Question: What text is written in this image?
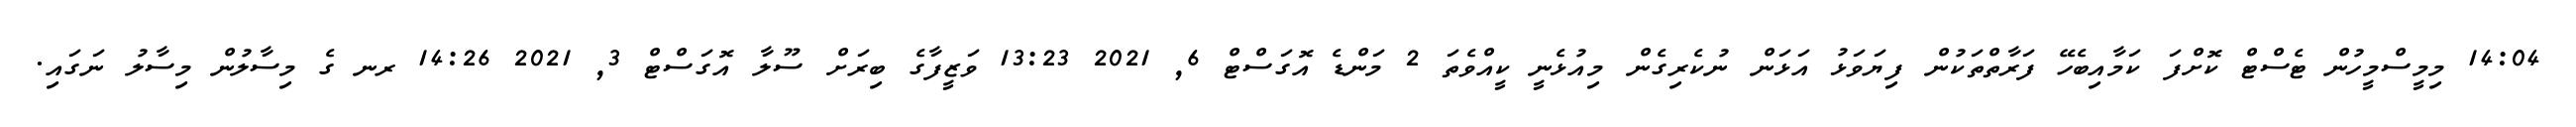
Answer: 14:04 މިމީސްމީހުން ޓެސްޓް ކޮށްފަ ކަމާއިބެހޭ ފަރާތްތަކުން ފިޔަވަޅު އަޅަން ނުކެރިގެން މިއުޅެނީ ކީއްވެތަ 2 މަންޑެ އޮގަސްޓް 6, 2021 13:23 ވަޒީފާގެ ބިރަށް ސޫލާ އޮގަސްޓް 3, 2021 14:26 ރނ ގެ މިސާލުން މިސާލު ނަގައި.